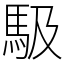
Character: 馺